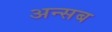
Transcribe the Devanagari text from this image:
अन्सब